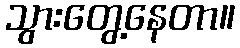
သွားတွေ့နေတာ။